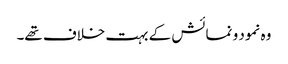
وہ نمود و نمائش کے بہت خلاف تھے۔